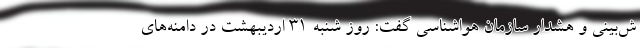
ش‌بینی و هشدار سازمان هواشناسی گفت: روز شنبه 31 اردیبهشت در دامنه‌های